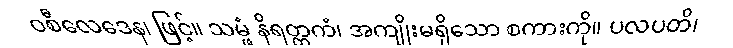
ဝစီလေဒေန၊ ဖြင့်။ သမ္ဖံ နိရတ္ထကံ၊ အကျိုးမရှိသော စကားကို။ ပလပတိ၊